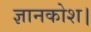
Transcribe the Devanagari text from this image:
ज्ञानकोश।